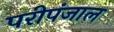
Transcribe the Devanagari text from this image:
परीपंजाल